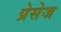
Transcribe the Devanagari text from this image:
प्रेसेज